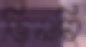
জিনানি